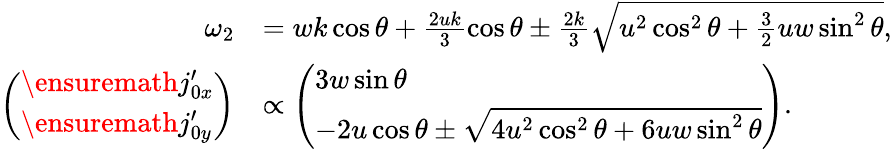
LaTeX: \begin{array}{rl}{\omega_{2}}&{=wk\cos\theta+\frac{2uk}{3}\cos\theta\pm\frac{2k}{3}\sqrt{u^{2}\cos^{2}\theta+\frac{3}{2}uw\sin^{2}\theta},}\\ {\left(\begin{array}{l}{\ensuremath{j_{0x}^{\prime}}}\\ {\ensuremath{j_{0y}^{\prime}}}\end{array}\right)}&{\propto\left(\begin{array}{l}{3w\sin\theta}\\ {-2u\cos\theta\pm\sqrt{4u^{2}\cos^{2}\theta+6uw\sin^{2}\theta}}\end{array}\right).}\end{array}